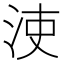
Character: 𣳪